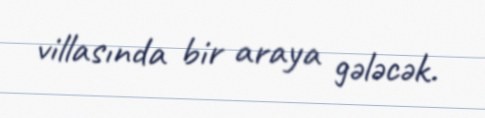
villasında bir araya gələcək.